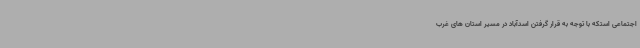
اجتماعی استکه با توجه به قرار گرفتن اسدآباد در مسیر استان های غرب